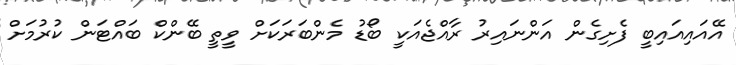
އޭއައިއައިބީ ފެށިގެން އަންނައިރު ރާއްޖެއަކީ ބޯޑު މެންބަރަކަށް ވީތީ ބޭންކް ބައްޓަން ކުރުމަށް